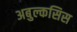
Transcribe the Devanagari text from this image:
अबुल्कसिस